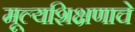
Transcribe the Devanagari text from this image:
मूल्यशिक्षणाचे